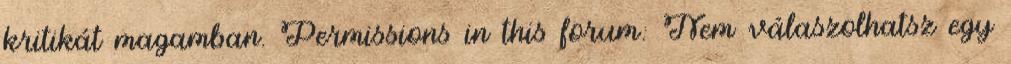
kritikát magamban. Permissions in this forum: Nem válaszolhatsz egy